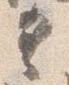
具